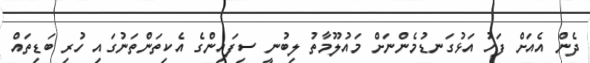
ދެން އެއަށް ފަހު އަޅުގަނޑުމެންނަށް މައުލޫމާތު ލިބުނީ ސިފައިންގެ އެކިތަންތަނުގައި ހުރި ބަޑިތައް